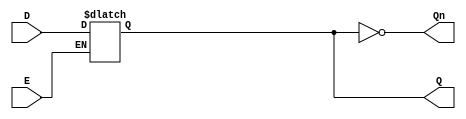
module async_gated_latch (
    input wire D,      // Data Input
    input wire E,      // Enable Signal
    output reg Q,      // Output
    output wire Qn     // Complementary Output
);

// Complementary output
assign Qn = ~Q;

// Always block to implement the latch behavior
always @(*) begin
    if (E) begin
        Q = D;  // Capture the data input when enable is high
    end
    // If E is low, Q retains its previous value (latch behavior)
end

endmodule